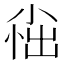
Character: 𫵀